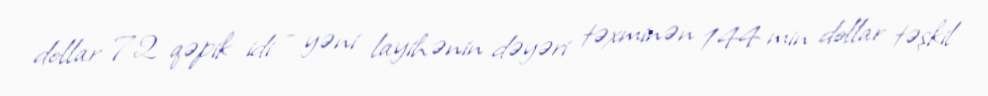
dollar 72 qəpik idi - yəni layihənin dəyəri təxminən 144 min dollar təşkil